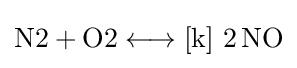
{{\text{N2}}{}+{}{\text{O2}}{}\mathrel {\longleftrightarrow } {}[\mathrm {k} ]~2\,\mathrm {NO} }